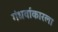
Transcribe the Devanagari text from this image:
गंधर्वाकारला